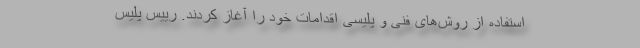
استفاده از روش‌های فنی و پلیسی اقدامات خود را آغاز کردند. رییس پلیس